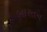
ભારતન